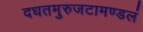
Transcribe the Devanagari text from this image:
दधतमुरुजटामण्डलं